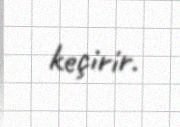
keçirir.